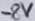
Text: -8V